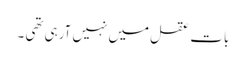
بات عقل میں نہیں آرہی تھی ۔